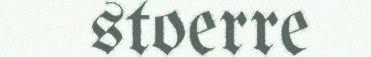
stoerre